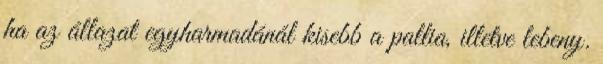
ha az állazat egyharmadánál kisebb a pallia, illetve lebeny.